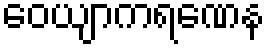
ဝေယျာကရဏေန